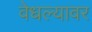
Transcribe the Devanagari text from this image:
वेधल्यावर